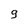
Character: 9